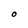
Character: O